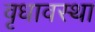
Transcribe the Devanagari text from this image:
वृधावस्था